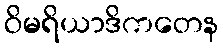
ဝိမရိယာဒိကတေန